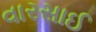
વારસાઈ